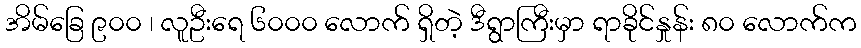
အိမ်ခြေ ၉၀၀ ၊ လူဦးရေ ၆၀၀၀ လောက် ရှိတဲ့ ဒီရွာကြီးမှာ ရာခိုင်နှုန်း ၈၀ လောက်က